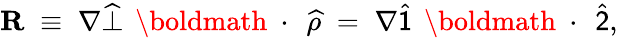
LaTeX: {\mathbf R}\; \equiv\; \nabla\widehat{\bot}\, \mathrm{~\boldmath~\cdot~}\, \widehat{\rho}\; =\; \nabla\widehat{\sf 1}\, \mathrm{~\boldmath~\cdot~}\, \widehat{\sf 2},